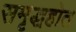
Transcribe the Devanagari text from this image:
समृद्धहोत